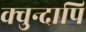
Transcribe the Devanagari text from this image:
क्वुन्दापि